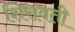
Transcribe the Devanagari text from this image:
शिरावती